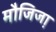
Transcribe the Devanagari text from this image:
मौजिजा़